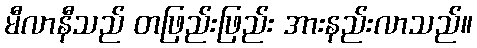
မီလာနီသည် တဖြည်းဖြည်း အားနည်းလာသည်။